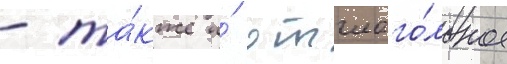
- та́кже и́ отглаго́льное